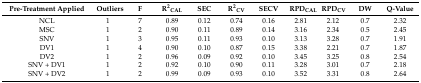
<table><thead><tr><td><b>Pre-Treatment Applied</b></td><td><b>Outliers</b></td><td><b>F</b></td><td><b>R<sup>2</sup><sub>CAL</sub></b></td><td><b>SEC</b></td><td><b>R<sup>2</sup><sub>CV</sub></b></td><td><b>SECV</b></td><td><b>RPD<sub>CAL</sub></b></td><td><b>RPD<sub>CV</sub></b></td><td><b>DW</b></td><td><b>Q-Value</b></td></tr></thead><tbody><tr><td>NCL</td><td>1</td><td>7</td><td>0.89</td><td>0.12</td><td>0.74</td><td>0.16</td><td>2.81</td><td>2.12</td><td>0.7</td><td>2.32</td></tr><tr><td>MSC</td><td>1</td><td>2</td><td>0.90</td><td>0.11</td><td>0.89</td><td>0.14</td><td>3.16</td><td>2.34</td><td>0.5</td><td>2.45</td></tr><tr><td>SNV</td><td>1</td><td>3</td><td>0.95</td><td>0.11</td><td>0.93</td><td>0.10</td><td>3.13</td><td>3.28</td><td>0.7</td><td>1.91</td></tr><tr><td>DV1</td><td>1</td><td>4</td><td>0.90</td><td>0.10</td><td>0.87</td><td>0.15</td><td>3.38</td><td>2.21</td><td>0.7</td><td>1.87</td></tr><tr><td>DV2</td><td>1</td><td>2</td><td>0.96</td><td>0.09</td><td>0.92</td><td>0.10</td><td>3.45</td><td>3.25</td><td>0.8</td><td>2.54</td></tr><tr><td>SNV + DV1</td><td>1</td><td>2</td><td>0.92</td><td>0.10</td><td>0.90</td><td>0.11</td><td>3.28</td><td>3.01</td><td>0.7</td><td>2.18</td></tr><tr><td>SNV + DV2</td><td>1</td><td>2</td><td>0.99</td><td>0.09</td><td>0.93</td><td>0.10</td><td>3.52</td><td>3.31</td><td>0.8</td><td>2.64</td></tr></tbody></table>